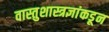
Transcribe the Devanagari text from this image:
वास्तुशास्त्रज्ञांकडून